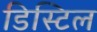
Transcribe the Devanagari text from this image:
डिस्टिल